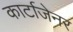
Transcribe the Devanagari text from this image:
कार्टाजेनर